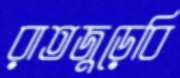
রাতজুড়েবি